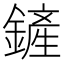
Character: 鏟